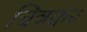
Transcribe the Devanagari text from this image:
चित्रकर